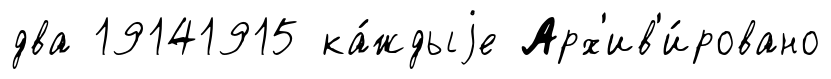
два 19141915 ка́ждыjе Арх'ив'и́ровано